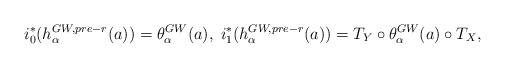
LaTeX: \begin{align*}i_0^*( h^{GW,pre-r}_\alpha(a) ) = \theta^{GW}_\alpha(a),\; i_1^*( h^{GW,pre-r}_\alpha(a) ) = T_Y \circ \theta_\alpha^{GW}(a)\circ T_X,\end{align*}